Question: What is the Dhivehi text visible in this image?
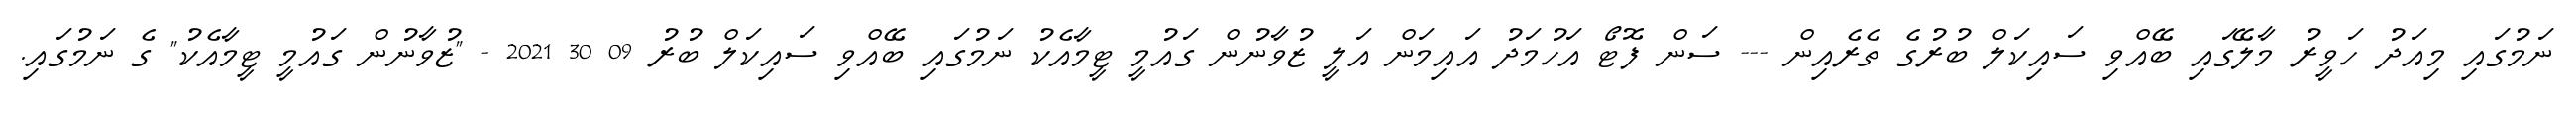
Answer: ނަމުގައި މިއަދު ހަވީރު މާލޭގައި ބޭއްވި ސައިކަލް ބުރުގެ ތެރެއިން --- ސަން ފޮޓޯ އަހުމަދު އައިމަން އަލީ ޒުވާނުން ގައުމީ ޓީމާއެކު ނަމުގައި ބޭއްވި ސައިކަލް ބުރު 09 30 2021 - "ޒުވާނުން ގައުމީ ޓީމާއެކު" ގެ ނަމުގައި.